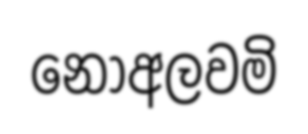
නොඅලවමි